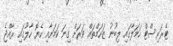
ޓެރަރިސްޓް ހަމަލާގައި ލިބުނު ޒަހަމްތައް ވަރަށް ގިނަ ކަމަށާއި ހެޔޮ ހާލުގައި ރާއްޖެ